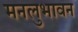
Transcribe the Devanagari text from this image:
मनलुभावन